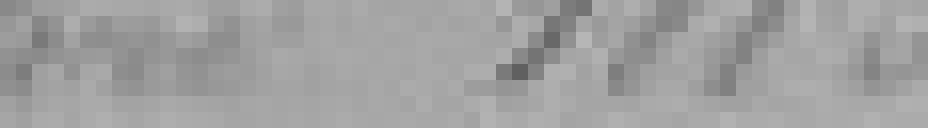
1883